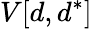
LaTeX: V[d,d^{*}]